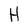
Character: H